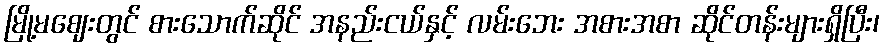
မြို့မဈေးတွင် စားသောက်ဆိုင် အနည်းငယ်နှင့် လမ်းဘေး အစားအစာ ဆိုင်တန်းများရှိပြီး၊